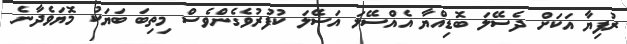
ރުފިޔާ އަކަށް ދެސޭލަ ބޮޑިއްޔާ އެއްސޭލަ އަސޭލަ ކުފުރުވެގެންވެސް މިތިބަ ބަޔަކު މޮޔަވެދާނެ